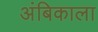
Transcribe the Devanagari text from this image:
अंबिकाला